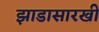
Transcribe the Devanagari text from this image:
झाडासारखी